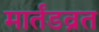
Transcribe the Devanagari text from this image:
मार्तंडव्रत